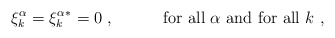
\begin{align*}\xi^\alpha_k={\xi^\alpha_k}^*=0\ ,\hspace{6ex}{\rm\ for\ all}\ \alpha\ {\rm and\ for\ all}\ k\ ,\end{align*}